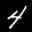
Label: 4